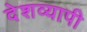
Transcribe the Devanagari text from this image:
देशव्‍यापी